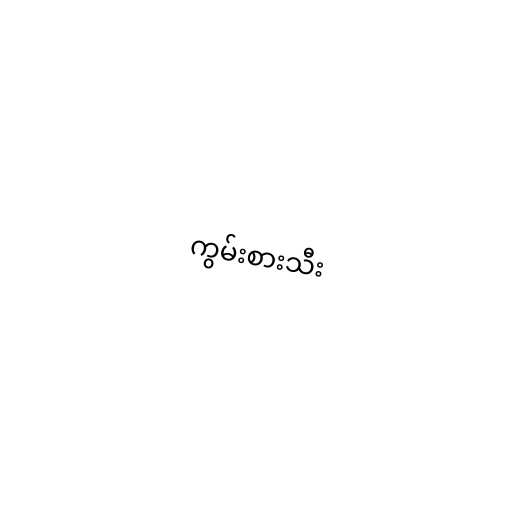
ကွမ်းစားသီး